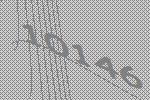
10146